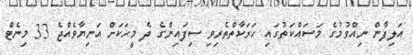
އަލިފާން ނިއްވުމުގެ މަސައްކަތުގައި ހަރަކާތްތެރިވި ސިފައިންގެ ދެ މީހަކަށް އަނިޔާވެއްޖެ 33 މިނެޓް